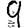
Digit: 9